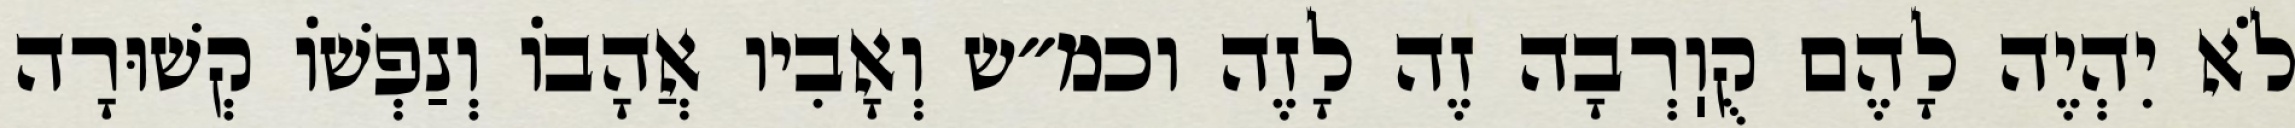
לֹא יִהְיֶה לָהֶם קֻוֽרְבָה זֶה לָזֶה וכמ״ש וְאָבִיו אֲהָבוֹ וְנַפְשׁוֹ קְשׁוּרָה